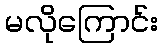
မလိုကြောင်း